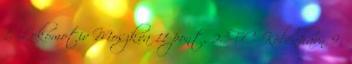
1. Lokomotiv Moszkva 11 pont, 2. FC Köbenhavn 9,